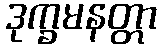
ဒုက္ခမနတ္တာ